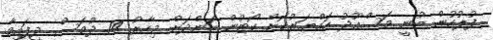
ފުލުހުން ބުނީ މަސްއޫދު ހައްޔަރުކޮށް ކޯޓުން ބަންދަށް މިހާރު 14 ދުވަސް ދީފައިވާ